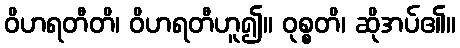
ဝိဟရတီတိ၊ ဝိဟရတီဟူ၍။ ဝုစ္စတိ၊ ဆိုအပ်၏။